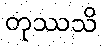
တုဿသိ